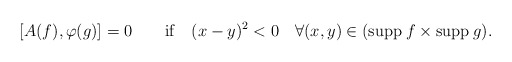
\begin{align*}[A(f),\varphi(g)]=0\quad\quad {\rm if}\quad (x-y)^2<0\quad\forall(x,y)\in ({\rm supp}\>f\times {\rm supp}\>g).\end{align*}